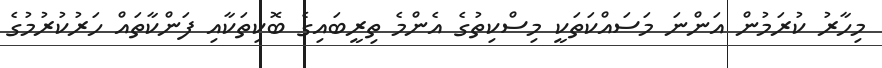
މިހާރު ކުރަމުން އަންނަ މަސައްކަތަކީ މިސްކިތުގެ އެންމެ ތިރީބައިގެ ބޮކިތަކާއި ފަންކާތައް ހަރުކުރުމުގެ